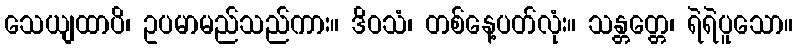
သေယျထာပိ၊ ဥပမာမည်သည်ကား။ ဒိဝသံ၊ တစ်နေ့ပတ်လုံး။ သန္တတ္တေ၊ ရဲရဲပူသော။